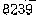
8239